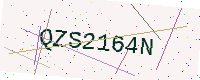
Text: QZS2164N